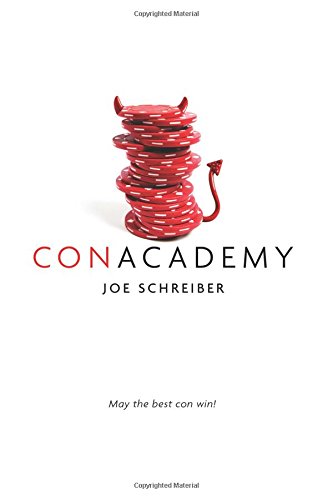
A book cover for Con Academy; Joe Schreiber; Teen & Young Adult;